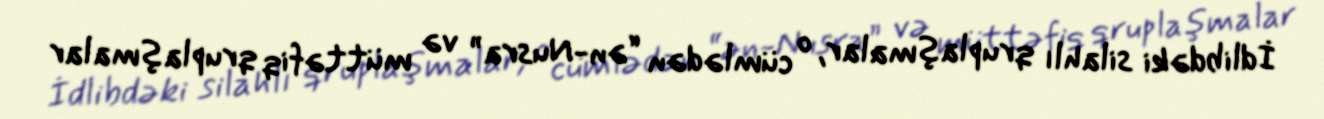
İdlibdəki silahlı qruplaşmalar, o cümlədən “ən-Nusra” və müttəfiq qruplaşmalar